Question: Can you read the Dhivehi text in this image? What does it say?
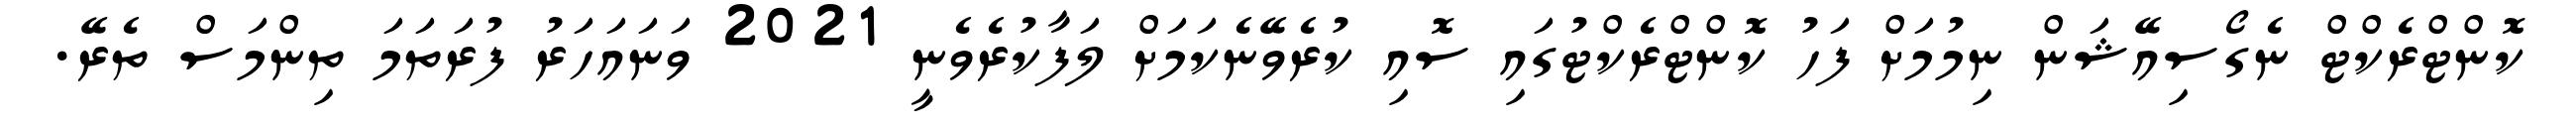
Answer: ކޮންޓްރެކްޓް ނެގޯސިއޭޝަން ނިމުމަށް ފަހު ކޮންޓްރެކްޓުގައި ސޮއި ކުރެވޭނެކަމަށް ލަފާކުރެވެނީ 2021 ވަނައަހަރު ފުރަތަމަ ތިންމަސް ތެރޭ.